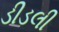
ડીડલી